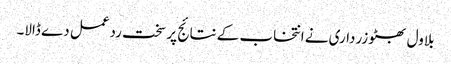
بلاول بھٹو زرداری نے انتخاب کے نتائج پر سخت ردعمل دے ڈالا۔